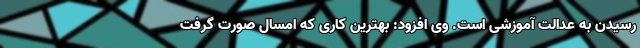
رسیدن به عدالت آموزشی است. وی افزود: بهترین کاری که امسال صورت گرفت